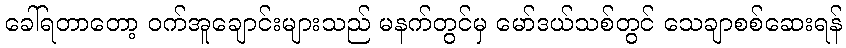
ခေါ်ရတာတော့ ဝက်အူချောင်းများသည် မနက်တွင်မှ မော်ဒယ်သစ်တွင် သေချာစစ်ဆေးရန်